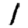
Digit: 1